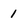
Character: 1